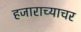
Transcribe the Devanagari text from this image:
हजाराच्याचर